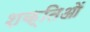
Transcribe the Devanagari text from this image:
शक्तिओं